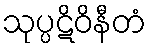
သုပ္ပဋိဝိနီတံ